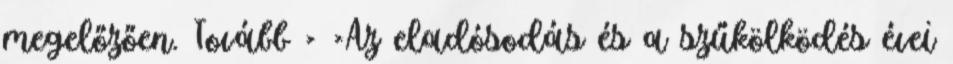
megelőzően. Tovább › ›Az eladósodás és a szűkölködés évei